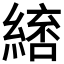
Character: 𮈷